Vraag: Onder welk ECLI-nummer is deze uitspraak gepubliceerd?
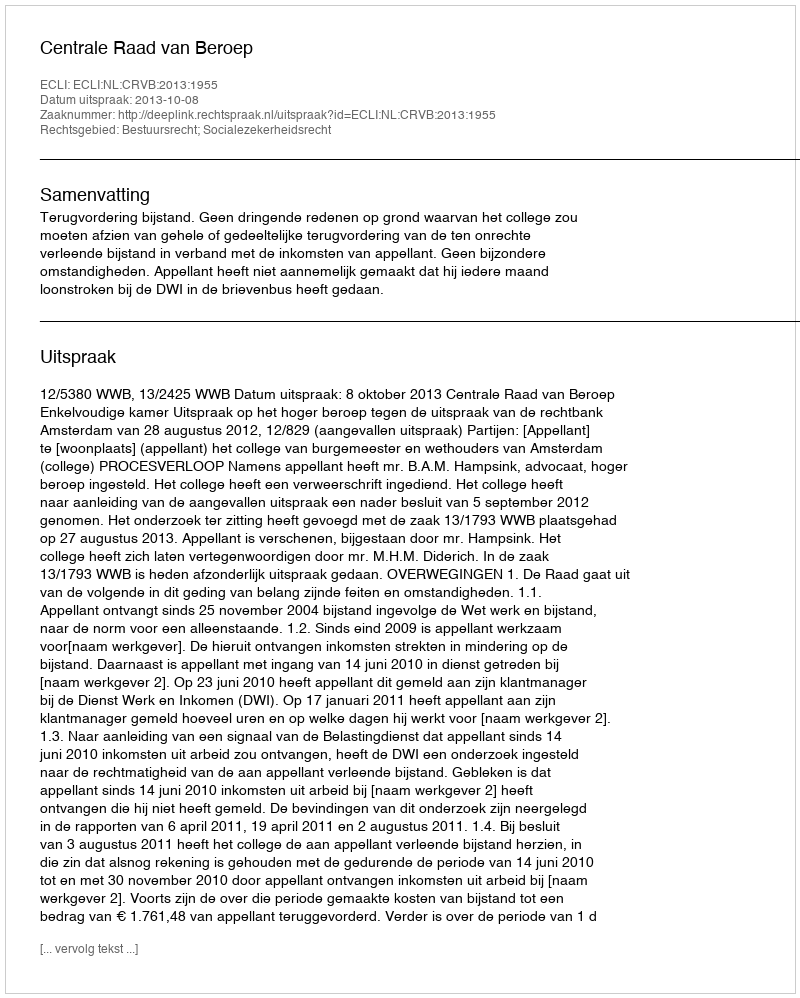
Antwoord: ECLI:NL:CRVB:2013:1955